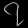
Digit: ၇